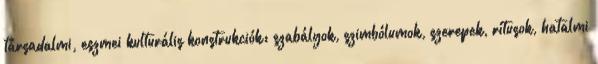
társadalmi, eszmei kulturális konstrukciók: szabályok, szimbólumok, szerepek, rítusok, hatalmi